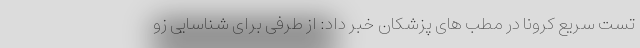
تست سریع کرونا در مطب های پزشکان خبر داد: از طرفی برای شناسایی زو